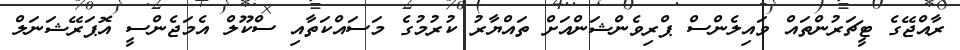
ރާއްޖޭގެ ޓީޗަރުންތައް ވައިލެންސް ޕްރިވެންޝަންއަށް ތައްޔާރު ކުރުމުގެ މަސައްކަތާއި ސްކޫލް އެމަޖެންސީ އޮޕަރޭޝަނަލް